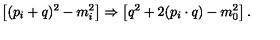
\left[ ( p _ { i } + q ) ^ { 2 } - m _ { i } ^ { 2 } \right] \Rightarrow \left[ q ^ { 2 } + 2 ( p _ { i } \cdot q ) - m _ { 0 } ^ { 2 } \right] .